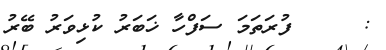
:     ފުރަތަމަ ސަފްހާ ޚަބަރު ކުޅިވަރު ބޭރު